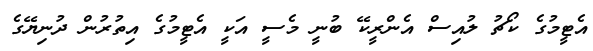
އެޓީމުގެ ކޯޗު ލުއިސް އެންރީކޭ ބުނީ މެސީ އަކީ އެޓީމުގެ އިތުރުން ދުނިޔޭގެ